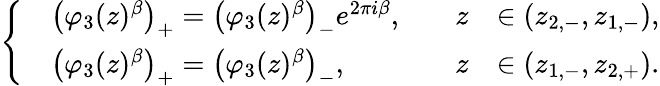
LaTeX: \left\{ \begin{array}{rlrl}&{\left(\varphi_{3}(z)^{{\beta}}\right)_{+}=\left(\varphi_{3}(z)^{{\beta}}\right)_{-}e^{2\pi i{\beta}},\quad}&{z}&{\in(z_{2,-},z_{1,-}),}\\ &{\left(\varphi_{3}(z)^{{\beta}}\right)_{+}=\left(\varphi_{3}(z)^{{\beta}}\right)_{-},\quad}&{z}&{\in(z_{1,-},z_{2,+}).}\end{array}\right.